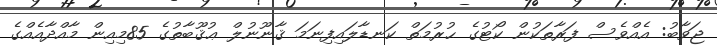
ޖަވާބު: އެއްވެސް ފަރާތަކުން ކޯޓުގެ ޙުރުމަތް ކަނޑާލައިފިނަމަ ޤާނޫނުލް ޢުޤޫބާތުގެ 85މިއިން މާއްދާއެއްގެ